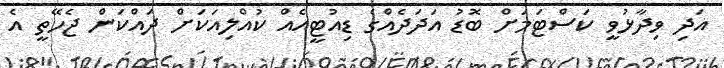
އަދި ވިދާޅުވީ ކަސްޓަމަށް ބޮޑު އަދަދެއްގެ ޑިއުޓީއެއް ކުއްލިއަކަށް ދައްކަން ޖެހޭތީ އެ